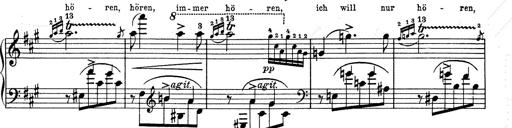
Title: 6 Polish Songs
Composer: Franz Liszt